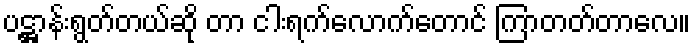
ပဋ္ဌာန်းရွတ်တယ်ဆို တာ ငါးရက်လောက်တောင် ကြာတတ်တာလေ။